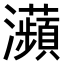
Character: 𤅖